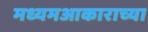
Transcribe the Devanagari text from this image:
मध्यमआकाराच्या